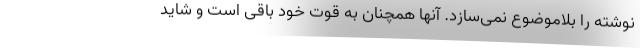
نوشته را بلاموضوع نمی‌سازد. آنها همچنان به قوت خود باقی است و شاید